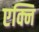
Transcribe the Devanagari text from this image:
एक्नि